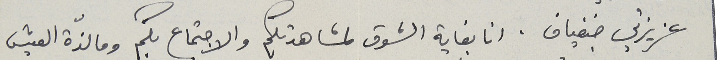
عزيزتي جنفياف. انا بغاية الشوق لمشاهدتكم والاجتماع بكم وما لذّة العيش